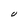
Character: U